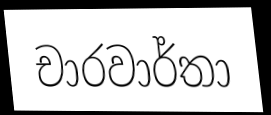
චාරවාර්තා